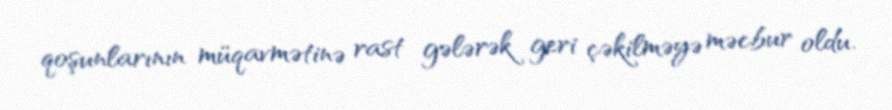
qoşunlarının müqavmətinə rast gələrək geri çəkilməyə məcbur oldu.